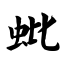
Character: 蚍